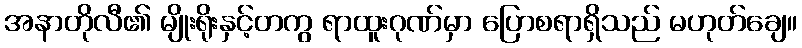
အနာတိုလီ၏ မျိုးရိုးနှင့်တကွ ရာထူးဂုဏ်မှာ ပြောစရာရှိသည် မဟုတ်ချေ။